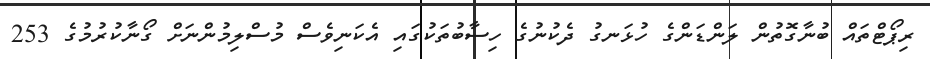
ރިޕޯޓްތައް ބުނާގޮތުން ލަންޑަންގެ ހުޅަނގު ދެކުނުގެ ހިސާބުތަކުގައި އެކަނިވެސް މުސްލިމުންނަށް ގޯނާކުރުމުގެ 253